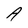
Character: A